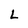
Character: L